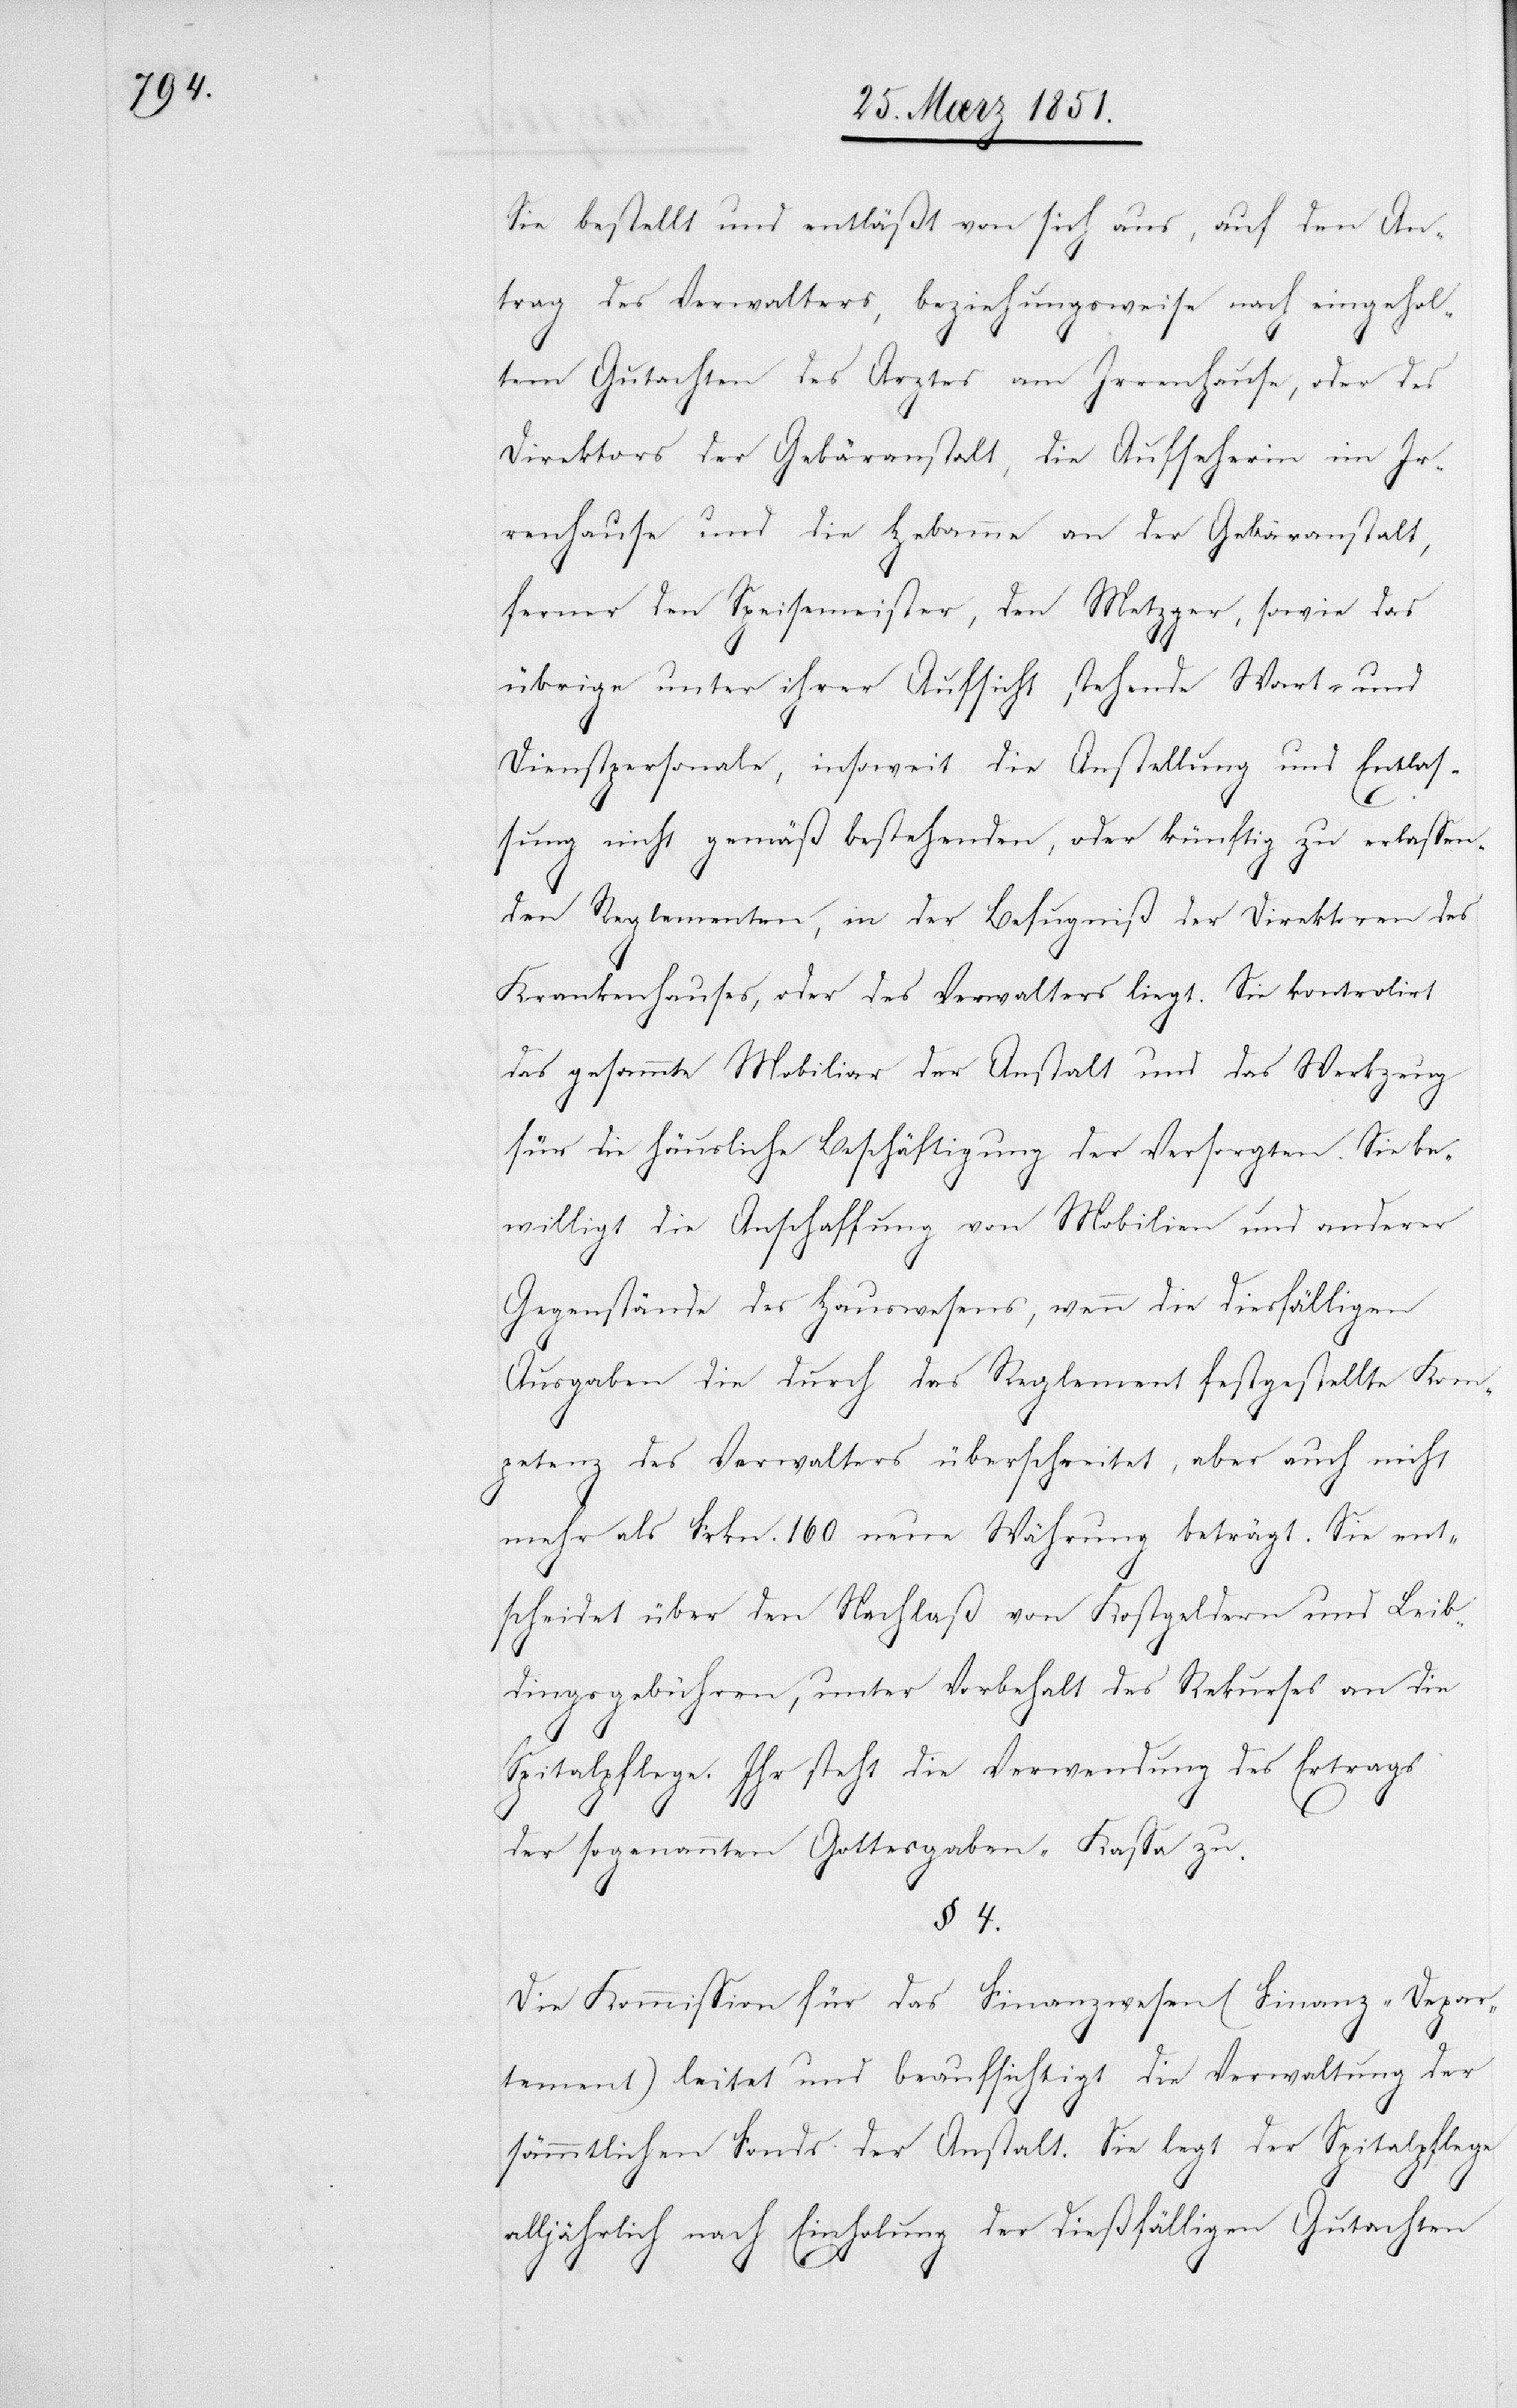
Sie bestellt und entläßt von sich aus, auf den An¬
trag des Verwalters, beziehungsweise nach eingehol¬
tem Gutachten des Arztes am Irrenhause, oder des
Direktors der Gebäranstalt, die Aufseherin im Ir¬
renhause und die Hebamme an der Gebäranstalt,
ferner den Speisemeister, den Metzger, sowie das
übrige unter ihrer Aufsicht stehende Wart- und
Dienstpersonale, insoweit die Anstellung und Entlas¬
sung nicht gemäß bestehenden, oder künftig zu erlassen¬
den Reglementen, in der Befugniß der Direktoren des
Krankenhauses, oder des Verwalters liegt. Sie kontrolirt
das gesammte Mobiliar der Anstalt und das Werkzeug
für die häusliche Beschäftigung der Versorgten. Sie be¬
willigt die Anschaffung von Mobilien und anderer
Gegenstände des Hauswesens, wenn die diesfälligen
Ausgaben die durch das Reglement festgestellte Kom¬
petenz des Verwalters überschreitet, aber auch nicht
mehr als Frkn. 160 neue Währung beträgt. Sie ent¬
scheidet über den Nachlaß von Kostgeldern und Leib¬
dingsgebühren, unter Vorbehalt des Rekurses an die
Spitalpflege. Ihr steht die Verwendung des Ertrags
der sogenannten Gottesgaben-Kassa zu.
§ 4.
Die Kommission für das Finanzwesen (Finanz-Depar¬
tement) leitet und beaufsichtigt die Verwaltung der
sämmtlichen Fonds der Anstalt. Sie legt der Spitalpflege
alljährlich nach Einholung der dießfälligen Gutachten